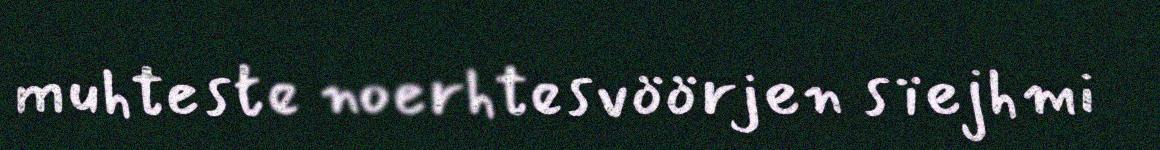
muhteste noerhtesvöörjen sïejhmi